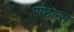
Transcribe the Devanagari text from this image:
रफेल्स